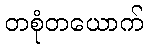
တစုံတယောက်